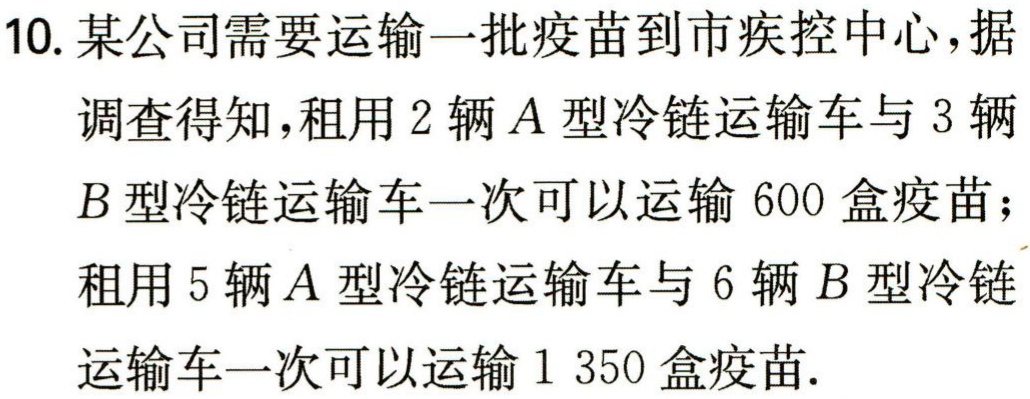
10. 某公司需要运输一批疫苗到市疾控中心，据

调查得知，租用 2 辆 \(A\) 型冷链运输车与 3 辆

\(B\) 型冷链运输车一次可以运输 600 盒疫苗；

租用 5 辆 \(A\) 型冷链运输车与 6 辆 \(B\) 型冷链

运输车一次可以运输 1 350 盒疫苗.